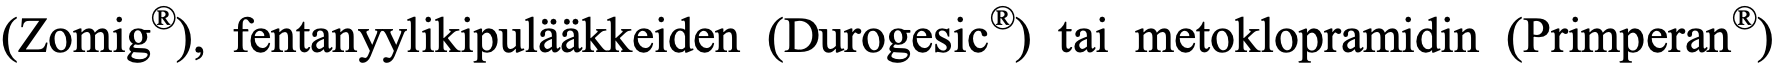
(Zomig®), fentanyylikipulääkkeiden (Durogesic®) tai metoklopramidin (Primperan®)